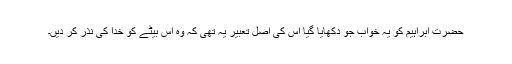
حضرت ابراہیم کو یہ خواب جو دکھایا گیا اس کی اصل تعبیر یہ تھی کہ وہ اس بیٹے کو خدا کی نذر کر دیں۔